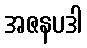
အဇနပဒါ